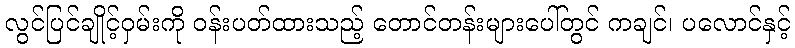
လွင်ပြင်ချိုင့်ဝှမ်းကို ဝန်းပတ်ထားသည့် တောင်တန်းများပေါ်တွင် ကချင်၊ ပလောင်နှင့်